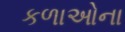
કળાઓના